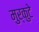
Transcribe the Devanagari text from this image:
मुर्कुटे